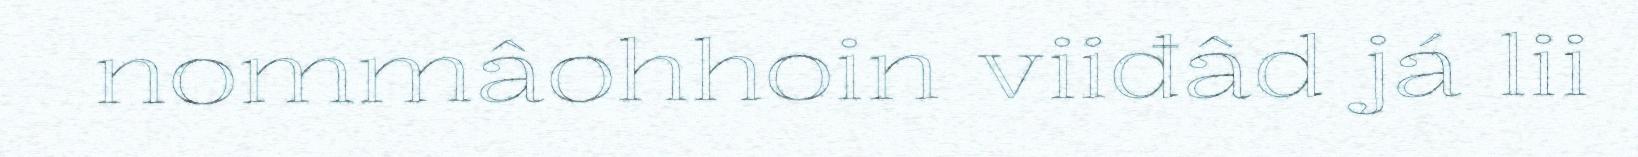
nommâohhoin viiđâd já lii